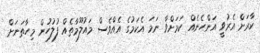
ކާރަށް އެރުވީ އަންހެނެއް ކަމަށްވާ ނަމަ އެކަމުގެ އެއްވެސް މައުލޫމާތެއް ފުލުހުން މިހާތަނަށް